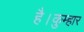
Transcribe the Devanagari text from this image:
है।कुम्हार